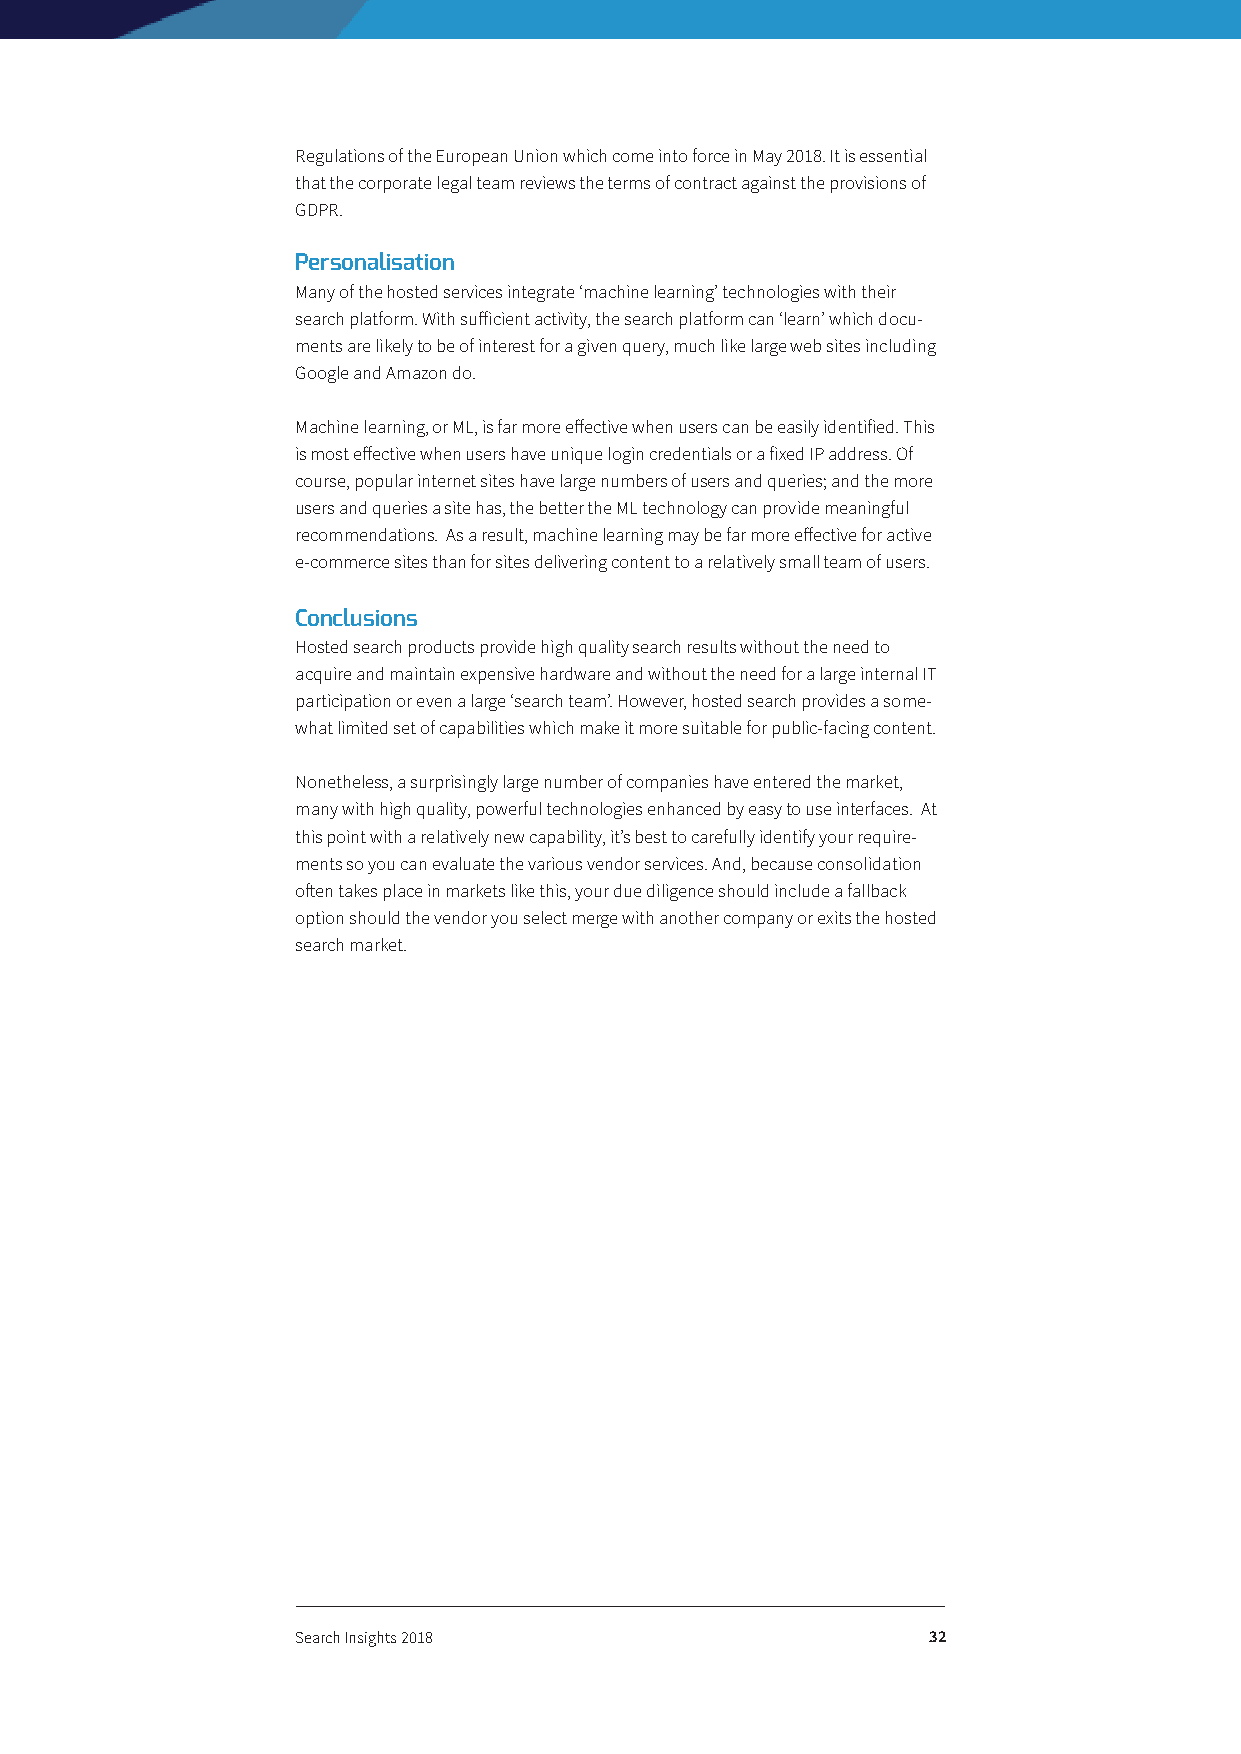
Regulations of the European Union which come into force in May 2018. It is essential
 that the corporate legal team reviews the terms of contract against the provisions of
 GDPR.
 Personalisation
 Many of the hosted services integrate ‘machine learning’ technologies with their
 search platform. With sufficient activity, the search platform can ‘learn’ which docu-
 ments are likely to be of interest for a given query, much like large web sites including
 Google and Amazon do.
 Machine learning, or ML, is far more effective when users can be easily identified. This
 is most effective when users have unique login credentials or a fixed IP address. Of
 course, popular internet sites have large numbers of users and queries; and the more
 users and queries a site has, the better the ML technology can provide meaningful
 recommendations. As a result, machine learning may be far more effective for active
 e-commerce sites than for sites delivering content to a relatively small team of users.
 Conclusions
 Hosted search products provide high quality search results without the need to
 acquire and maintain expensive hardware and without the need for a large internal IT
 participation or even a large ‘search team’. However, hosted search provides a some-
 what limited set of capabilities which make it more suitable for public-facing content.
 Nonetheless, a surprisingly large number of companies have entered the market,
 many with high quality, powerful technologies enhanced by easy to use interfaces. At
 this point with a relatively new capability, it’s best to carefully identify your require-
 ments so you can evaluate the various vendor services. And, because consolidation
 often takes place in markets like this, your due diligence should include a fallback
 option should the vendor you select merge with another company or exits the hosted
 search market.
 Search Insights 2018                     32